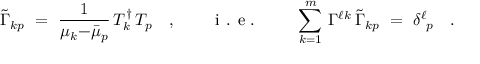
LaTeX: \widetilde { \Gamma } _ { k p } \ = \ \frac { 1 } { \mu _ { k } { - } \bar { \mu } _ { p } } \, T _ { k } ^ { \dagger } \, T _ { p } \quad , \qquad \textrm { i . e . } \qquad \sum _ { k = 1 } ^ { m } \, \Gamma ^ { \ell k } \, \widetilde { \Gamma } _ { k p } \ = \ \delta _ { \ p } ^ { \ell } \quad .